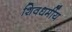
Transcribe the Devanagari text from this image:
शिवधर्मीय